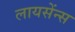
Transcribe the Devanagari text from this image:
लायसेंन्स